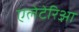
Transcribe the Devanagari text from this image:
एलेटेरिआ